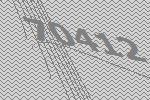
70412